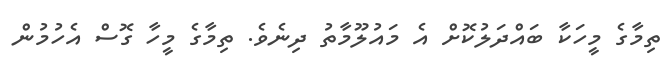
ތިމާގެ މީހަކާ ބައްދަލުކޮށް އެ މައުލޫމާތު ދިނެވެ. ތިމާގެ މީހާ ގޮސް އެހުމުން